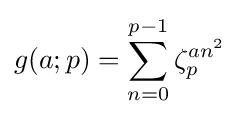
g(a;p)=\sum _{n=0}^{p-1}\zeta _{p}^{an^{2}}